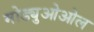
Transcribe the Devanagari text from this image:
मोड्युओओल